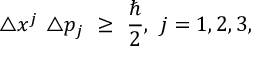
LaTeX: \triangle x ^ { j } \ \triangle p _ { j } \ \geq \ \frac { \hbar } { 2 } , \ j = 1 , 2 , 3 ,